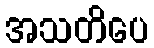
အသတိပေ